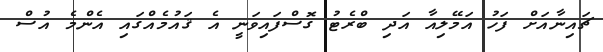
ޗައިނާއަށް ފަހު އަމޭލިއާ އަދި ބްރެޓު ގޮސްފައިވަނީ އެ ޤައުމެއްގައި އެންމެ އުސް